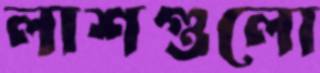
লাশগুলো